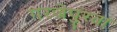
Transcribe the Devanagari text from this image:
गरजेपुरता